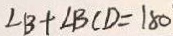
\angle B + \angle B C D = 1 8 0